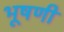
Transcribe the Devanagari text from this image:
भूषणी